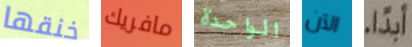
خنقها مافريك الواحدة الآن ابداً